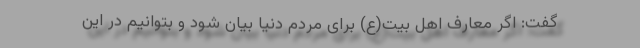
گفت: اگر معارف اهل بیت(ع) برای مردم دنیا بیان شود و بتوانیم در این